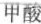
甲酸